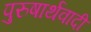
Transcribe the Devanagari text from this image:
पुरुषार्थवादी